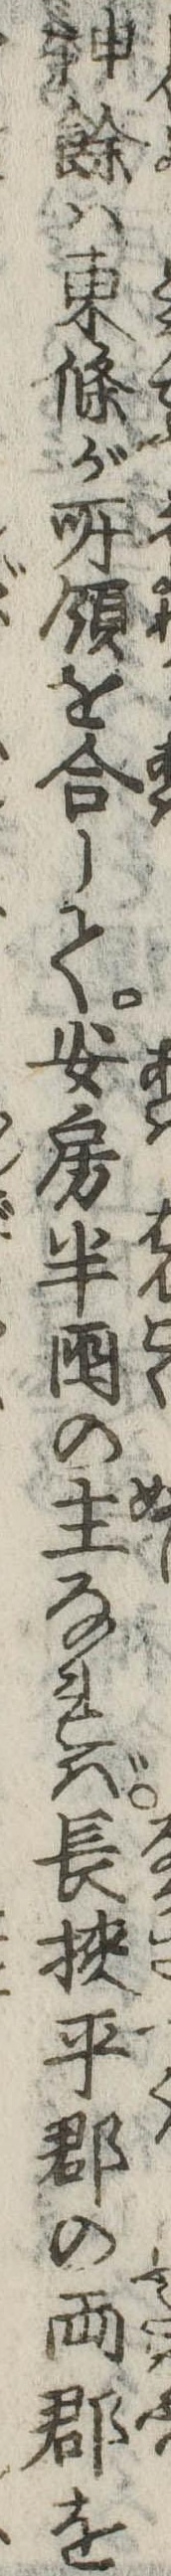
神余は東条が所領を合して安房半国の主なれば長挟平郡の両郡を